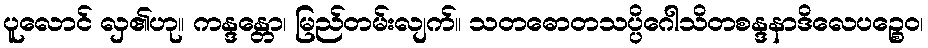
ပူလောင် လှ၏ဟု။ ကန္ဒန္တော၊ မြည်တမ်းလျက်။ သတဓောတသပ္ပိဂေါသိတစန္ဒနာဒိလေပဉ္စေဝ၊